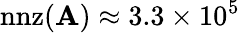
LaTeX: \mathrm{nnz}(\mathbf{A})\approx 3.3\times 10^{5}